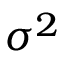
\sigma ^ { 2 }